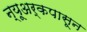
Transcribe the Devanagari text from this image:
न्यूअर्कपासून